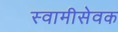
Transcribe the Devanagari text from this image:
स्वामीसेवक